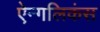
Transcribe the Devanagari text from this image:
ऐन्गलिकंस